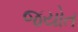
જયોત